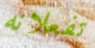
تفعلانه